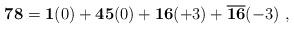
LaTeX: \begin{align*}{\bf 78} = {\bf 1}(0) + {\bf 45}(0) + {\bf 16}(+3) + {\overline{\bf 16}}(-3)~,\end{align*}